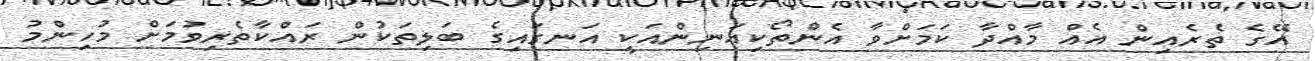
އޭގެ ތެރެއިން އެއް މާއްދާ ކަމަށްވާ އެންތޯކިއަނިންއަކީ އަނގައިގެ ބަލިތަކުން ރައްކާތެރިވުމަށް މުހިންމު